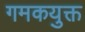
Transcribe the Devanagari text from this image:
गमकयुक्त